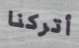
أتركنا